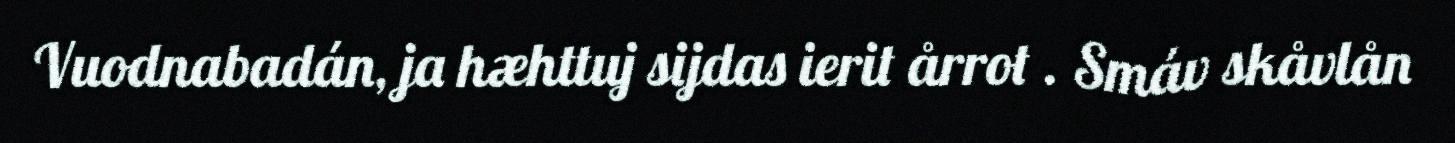
Vuodnabadán, ja hæhttuj sijdas ierit årrot . Smáv skåvlån